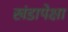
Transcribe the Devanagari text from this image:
खंडापेक्षा